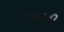
કસારી